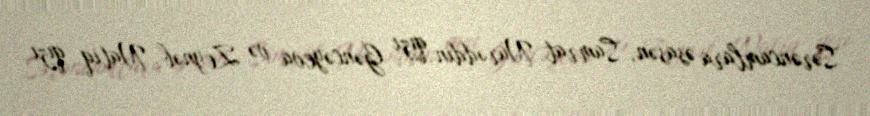
Sərəncamlara əsasən, Samrat Nurəddin qızı Gəncəyeva və Zeynəb Natiq qızı